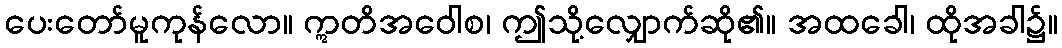
ပေးတော်မူကုန်လော။ ဣတိအဝေါစ၊ ဤသို့လျှောက်ဆို၏။ အထခေါ၊ ထိုအခါ၌။